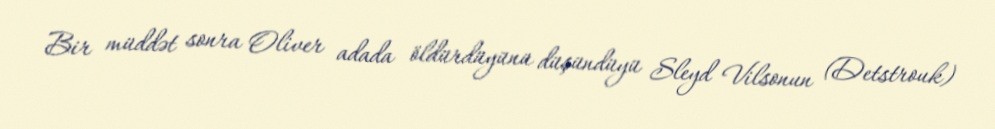
Bir müddət sonra Oliver adada öldürdüyünü düşündüyü Sleyd Vilsonun (Detstrouk)